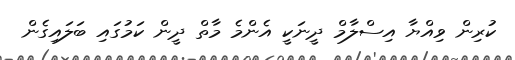
ކުރިން ވިއްޔާ އިސްލާމް ދީނަކީ އެންމެ މާތް ދީން ކަމުގައި ބަލައިގެން